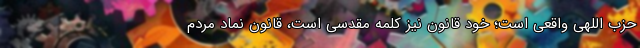
حزب اللهی واقعی است؛ خود قانون نیز کلمه مقدسی است، قانون نماد مردم